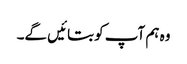
وہ ہم آپ کو بتائیں گے۔